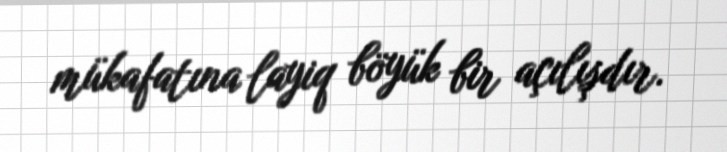
mükafatına layiq böyük bir açılışdır.